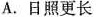
A.日照更长 期的山峰